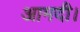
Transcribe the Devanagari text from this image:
आमदी।